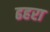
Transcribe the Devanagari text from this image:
ढहरा